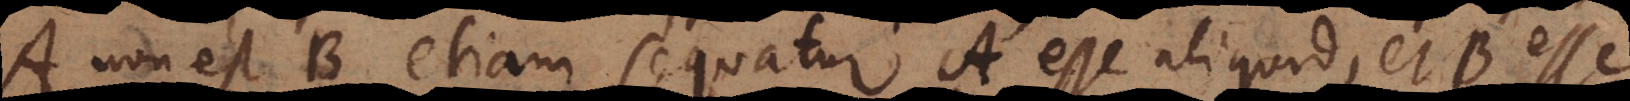
A non est B etiam sequatur A esse aliquid, et B esse